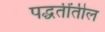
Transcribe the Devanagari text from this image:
पद्धतींतील